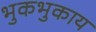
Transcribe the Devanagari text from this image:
भुकभुकाय